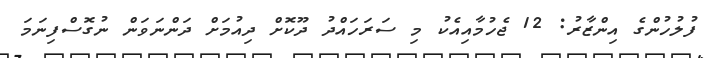
ފުލުހުންގެ އިންޒާރު: 12 ޖެހުމާއިއެކު މި ސަރަހައްދު ދޫކޮށް ދިއުމަށް ދަންނަވަން ނުގޮސްފިނަމަ